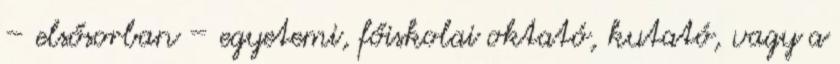
– elsősorban – egyetemi, főiskolai oktató, kutató, vagy a